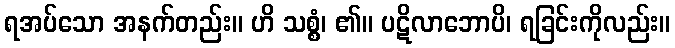
ရအပ်သော အနက်တည်း။ ဟိ သစ္စံ၊ ၏။ ပဋိလာဘောပိ၊ ရခြင်းကိုလည်း။